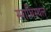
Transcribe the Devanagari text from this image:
स्माधिस्थल